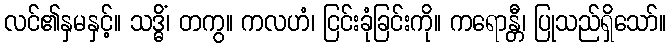
လင်၏နှမနှင့်။ သဒ္ဓိံ၊ တကွ။ ကလဟံ၊ ငြင်းခုံခြင်းကို။ ကရောန္တီ၊ ပြုသည်ရှိသော်။